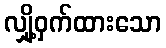
လျှို့ဝှက်ထားသော